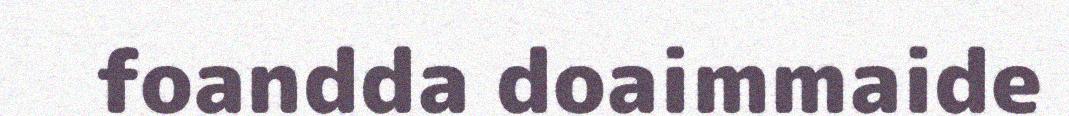
foandda doaimmaide